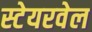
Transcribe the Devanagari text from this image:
स्टेयरवेल